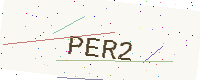
Text: PER2